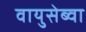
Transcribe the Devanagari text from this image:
वायुसेब्वा